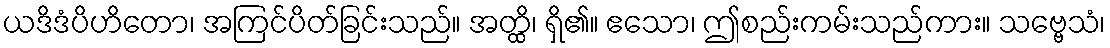
ယဒိဒံပိဟိတော၊ အကြင်ပိတ်ခြင်းသည်။ အတ္ထိ၊ ရှိ၏။ ဧသော၊ ဤစည်းကမ်းသည်ကား။ သဗ္ဗေသံ၊